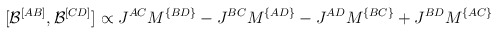
\begin{align*}[{\cal B}^{[AB]},{\cal B}^{[CD]}]\propto J^{AC}M^{\{BD\}}- J^{BC}M^{\{AD\}}- J^{AD}M^{\{BC\}}+ J^{BD}M^{\{AC\}}\end{align*}